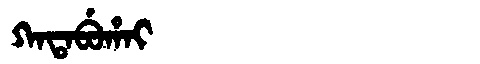
Manchu: ᡴᠠᡨᠠᠪᡠᡥᠠᡳ
Romanization: KATABUHAI